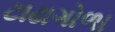
ટાઢાગોળા